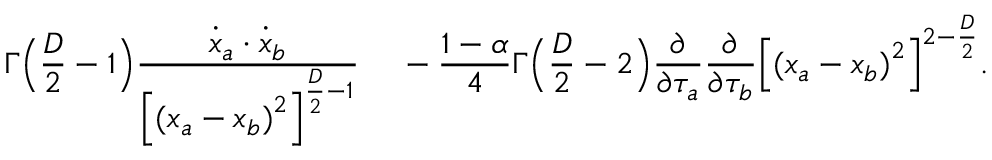
\Gamma \Bigl ( { \frac { D } { 2 } } - 1 \Bigr ) { { \frac { \dot { x } _ { a } \cdot \dot { x } _ { b } } { { \Bigl [ { ( x _ { a } - x _ { b } ) } ^ { 2 } \Bigr ] } ^ { { \frac { D } { 2 } } - 1 } } } \quad } \nonumber \, - { \frac { 1 - \alpha } { 4 } } \Gamma \Bigl ( { { \frac { D } { 2 } } - 2 } \Bigr ) { \frac { \partial } { \partial \tau _ { a } } } { \frac { \partial } { \partial \tau _ { b } } } { \Bigl [ { ( x _ { a } - x _ { b } ) } ^ { 2 } \Bigr ] } ^ { 2 - { \frac { D } { 2 } } } .